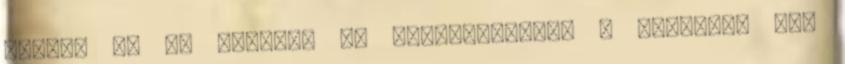
viszik el az emberek az ingyenóvszert a bárokból meg